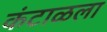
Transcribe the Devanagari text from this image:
कंटाळला